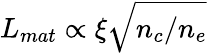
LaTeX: L_{mat}\propto\xi\sqrt{n_{c}/n_{e}}